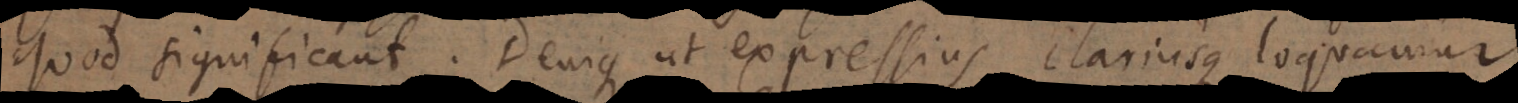
quod significant. Denique ut expressius clariusque loquamur,